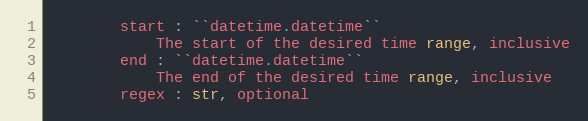
Language: Python
        start : ``datetime.datetime``
            The start of the desired time range, inclusive
        end : ``datetime.datetime``
            The end of the desired time range, inclusive
        regex : str, optional